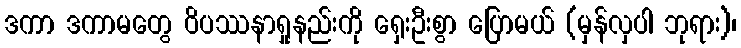
ဒကာ ဒကာမတွေ ဝိပဿနာရှုနည်းကို ရှေးဦးစွာ ပြောမယ် (မှန်လှပါ ဘုရား)၊